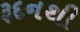
રૂદનથી